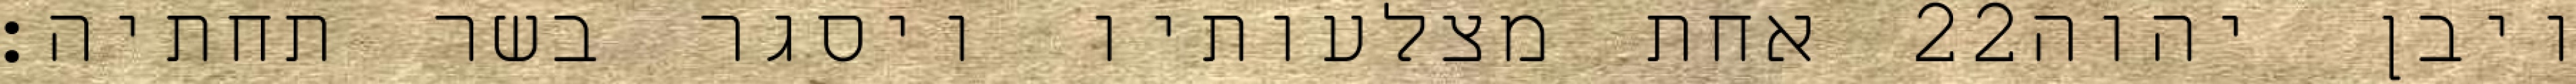
אחת מצלעותיו ויסגר בשר תחתיה׃ ‎22‏ ויבן יהוה